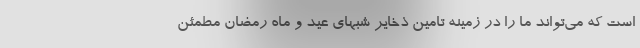
است که می‌تواند ما را در زمینه تامین ذخایر شبهای عید و ماه رمضان مطمئن